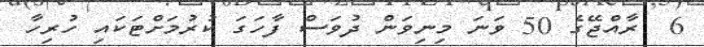
6  ރާއްޖޭގެ 50 ވަނަ މިނިވަން ދުވަސް ފާހަގަ ކުރުމަށްޓަކައި ހުރިހާ